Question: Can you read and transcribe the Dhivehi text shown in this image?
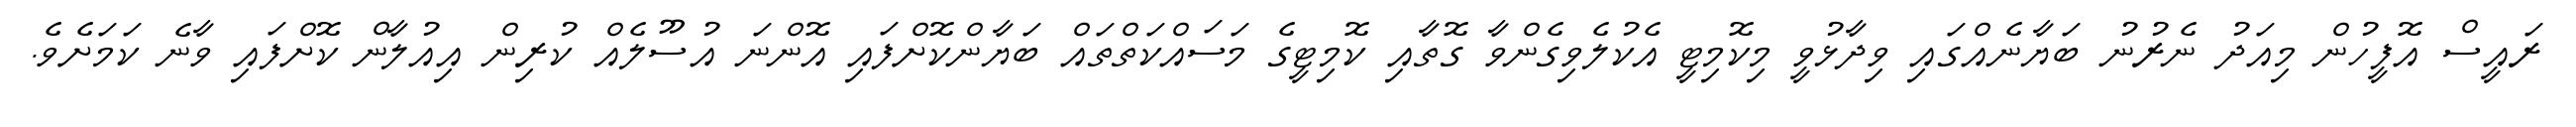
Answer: ރައީސް އޮފީހުން މިއަދު ނެރުނު ބަޔާނެއްގައި ވިދާޅުވީ މިކޮމިޓީ އެކުލެވިގެންވާ ގޮތާއި ކޮމިޓީގެ މަސައްކަތްތައް ބަޔާންކޮށްފައި އޮންނަ އުސޫލެއް ކުރިން އިއުލާން ކޮށްފައި ވާނެ ކަމަށެވެ.